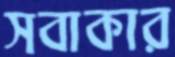
সবাকার